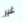
غير